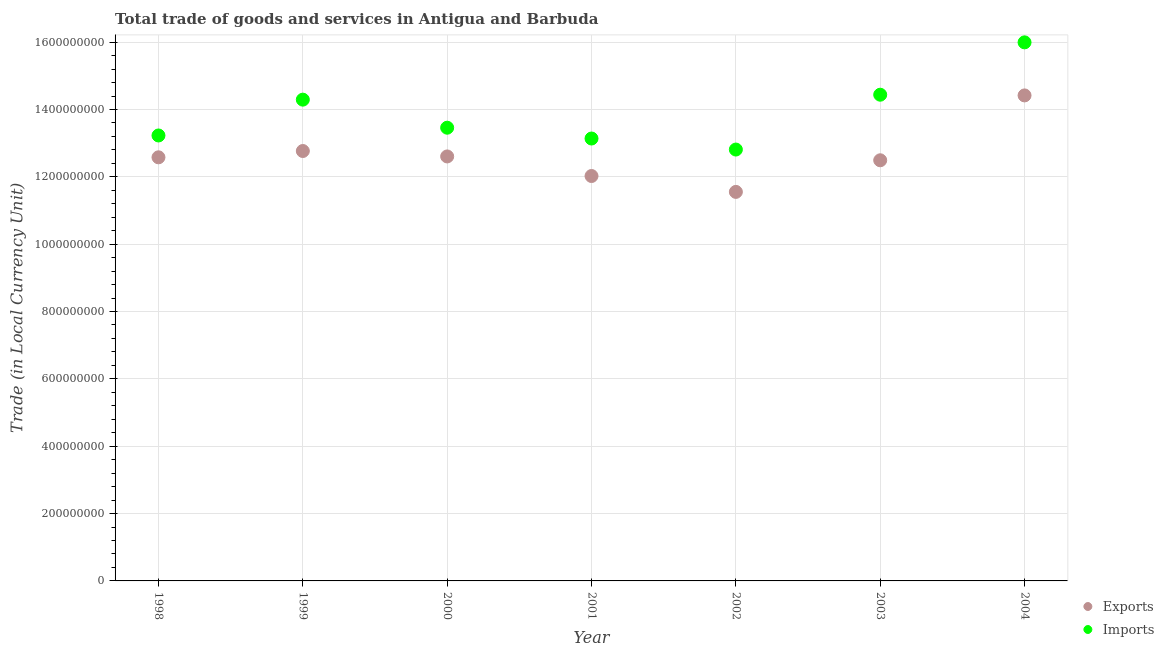
| Year | Exports | Imports |
 | --- | --- | --- |
 | 1998 | 1.26e+09 | 1.32e+09 |
 | 1999 | 1.28e+09 | 1.43e+09 |
 | 2000 | 1.26e+09 | 1.35e+09 |
 | 2001 | 1.2e+09 | 1.31e+09 |
 | 2002 | 1.16e+09 | 1.28e+09 |
 | 2003 | 1.25e+09 | 1.44e+09 |
 | 2004 | 1.44e+09 | 1.6e+09 |